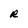
Character: r